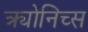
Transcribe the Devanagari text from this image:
क्र्योनिच्स